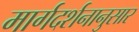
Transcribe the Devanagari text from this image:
मार्गदर्शनानुसार